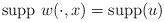
\begin{align*}\displaystyle \mbox{supp } w(\cdot ,x) = \mbox{supp}(u)\end{align*}